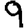
Digit: 9